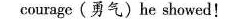
courage(勇气)he showed!